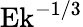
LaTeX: \textrm{Ek}^{-1/3}